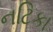
નટિકા